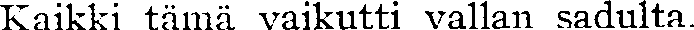
Kaikki tämä vaikutti vallan sadulta.